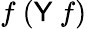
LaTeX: f\ ({\textsf{Y}}\ f)